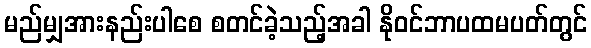
မည်မျှအားနည်းပါစေ စတင်ခဲ့သည့်အခါ နိုဝင်ဘာပထမပတ်တွင်